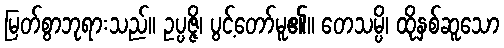
မြတ်စွာဘုရားသည်။ ဥပ္ပဇ္ဇိ၊ ပွင့်တော်မူ၏။ တေသမ္ပိ၊ ထိုနှစ်ဆူသော